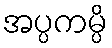
အပ္ပကမ္ပိ